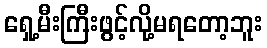
ရှေ့မီးကြီးဖွင့်လို့မရတော့ဘူး